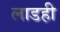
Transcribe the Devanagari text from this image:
लाडही